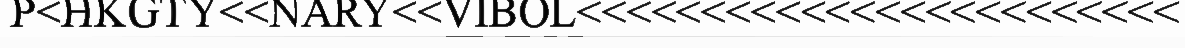
P<HKGTY<<NARY<<VIBOL<<<<<<<<<<<<<<<<<<<<<<<<